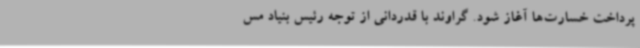
پرداخت خسارت‌ها آغاز شود. گراوند با قدردانی از توجه رئیس بنیاد مس